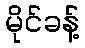
မိုင်ခန့်